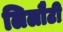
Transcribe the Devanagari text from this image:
लिलौटी